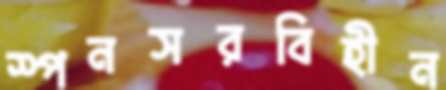
স্পনসরবিহীন